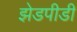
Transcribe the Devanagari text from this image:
झेडपीडी